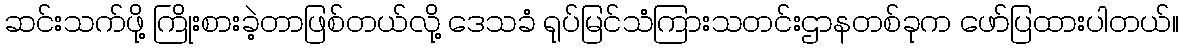
ဆင်းသက်ဖို့ ကြိုးစားခဲ့တာဖြစ်တယ်လို့ ဒေသခံ ရုပ်မြင်သံကြားသတင်းဌာနတစ်ခုက ဖော်ပြထားပါတယ်။